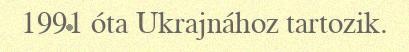
1991 óta Ukrajnához tartozik.